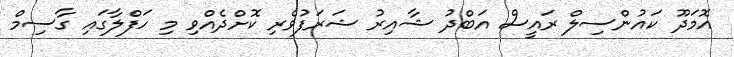
އޮމަދޫ ކައުންސިލް ރައީސް އަބްދު ޝާއިރު ޝަރަފުވެރި ކޮށްދެއްވި މި ހަފްލާގައި ގާސިމް